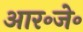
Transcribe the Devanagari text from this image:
आर॰जे॰